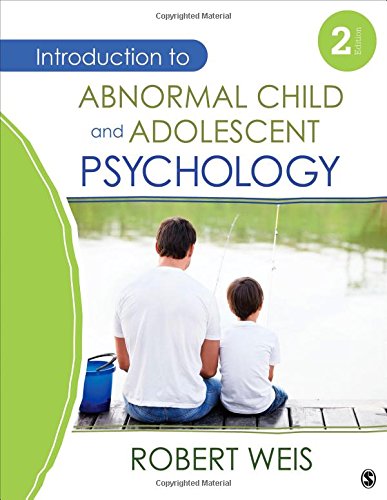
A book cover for Introduction to Abnormal Child and Adolescent Psychology; Robert J. Weis; Medical Books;